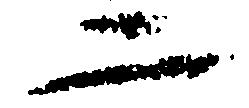
二